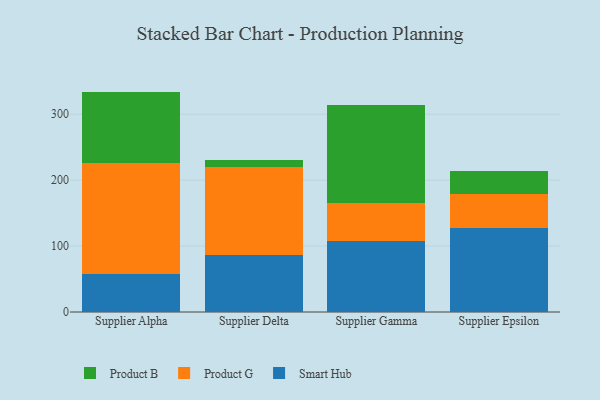
{"axis": {"x": "Supplier", "y": "Website Visitors"}, "legend": ["Product B", "Product G", "Smart Hub"], "data": [{"x": "Supplier Alpha", "y": 56.9, "type": "Smart Hub"}, {"x": "Supplier Alpha", "y": 169.5, "type": "Product G"}, {"x": "Supplier Alpha", "y": 107.9, "type": "Product B"}, {"x": "Supplier Delta", "y": 86.9, "type": "Smart Hub"}, {"x": "Supplier Delta", "y": 133.8, "type": "Product G"}, {"x": "Supplier Delta", "y": 9.2, "type": "Product B"}, {"x": "Supplier Gamma", "y": 107.0, "type": "Smart Hub"}, {"x": "Supplier Gamma", "y": 58.2, "type": "Product G"}, {"x": "Supplier Gamma", "y": 148.2, "type": "Product B"}, {"x": "Supplier Epsilon", "y": 127.1, "type": "Smart Hub"}, {"x": "Supplier Epsilon", "y": 51.2, "type": "Product G"}, {"x": "Supplier Epsilon", "y": 35.2, "type": "Product B"}]}